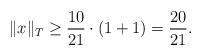
LaTeX: \begin{align*}\|x\|_{T} \geq \frac{10}{21} \cdot \left(1 + 1\right) = \frac{20}{21}.\end{align*}